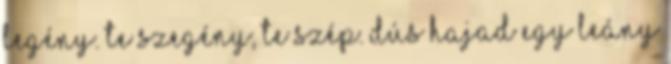
legény. Te szegény, te szép. Dús hajad egy leány